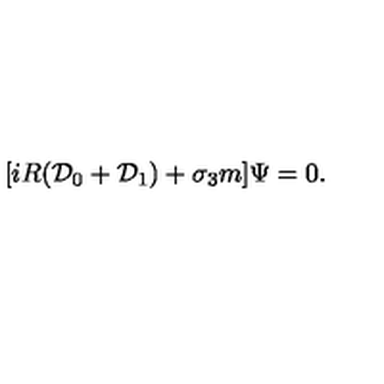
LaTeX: [ i R ( { \cal D } _ { 0 } + { \cal D } _ { 1 } ) + \sigma _ { 3 } m ] \Psi = 0 .